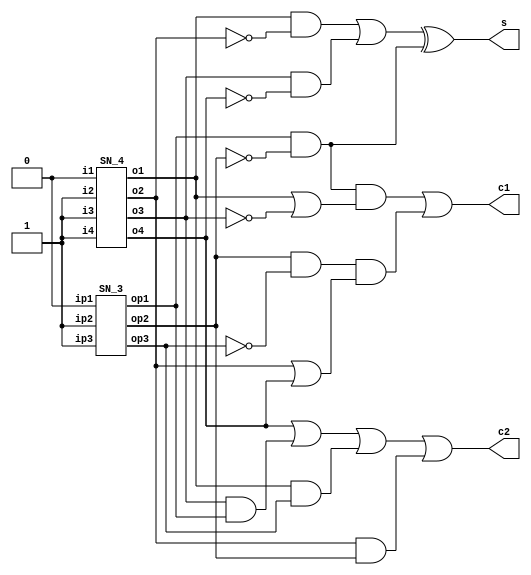
`timescale 1ns / 1ps

module counter_7_3 (s,c1,c2);

output s,c1,c2;
wire [6:0] in;
assign in = 7'b0111011;
wire o1,o2,o3,o4,op1,op2,op3;
wire [5:0] a;
wire [4:0] b;
wire p0,p1,p2,p3,p4,q0,q1,q2,q3;

SN_4 S1(.i1(in[6]),.i2(in[5]),.i3(in[4]),.i4(in[3]),.o1(o1),.o2(o2),.o3(o3),.o4(o4));
SN_3 S2(.ip1(in[2]),.ip2(in[1]),.ip3(in[0]),.op1(op1),.op2(op2),.op3(op3));

assign a = {o1,o1,o2,o3,o4,o4};
assign b = {op1,op1,op2,op3,op3};

assign p0 = (a[5] & (~a[4]));
assign p1 = (a[4] & (~a[3]));
assign p2 = (a[3] & (~a[2]));
assign p3 = (a[2] & (~a[1]));
assign p4 = (a[1] & (~a[0]));

assign q0 = (b[4] & (~b[3]));
assign q1 = (b[3] & (~b[2]));
assign q2 = (b[2] & (~b[1]));
assign q3 = (b[1] & (~b[0]));

assign s = (p1 | p3) ^ (q1 | q3);
//assign c1 = (q0 & (p2|p3)) | (q1 & (p1|p2)) | (q2 & ((p2|p3))) | (q3 & ((p1|p2)));
//assign c2 = (p4 & (q0|q1|q2|q3)) | (p3 & (q1|q2|q3)) | (p2 & (q2|q3)) | (p1 & (q3));
assign c2 = a[1] | a[2]&b[3] | a[4]&b[1] | a[3]&b[2];
assign c1 = (q0 & (a[3]|(a[1]))) | (q1 & (a[4]|(~a[2]))) | (q2 & ((a[3] | (a[1])))) | (q3 & ((a[4] | (~a[2])))); 
    
endmodule

module BS(x1,x2,y1,y2);

input x1,x2;
output y1,y2;

assign y1 = x1 | x2;
assign y2 = x1 & x2;

endmodule

module SN_4(i1,i2,i3,i4,o1,o2,o3,o4);

output o1,o2,o3,o4;
input i1,i2,i3,i4;
wire w1,w2,w3,w4,w22,w33;

BS BS_1(.x1(i1),.x2(i2),.y1(w1),.y2(w2));
BS BS_2(.x1(i3),.x2(i4),.y1(w3),.y2(w4));
BS BS_3(.x1(w1),.x2(w3),.y1(o1),.y2(w33));
BS BS_4(.x1(w2),.x2(w4),.y1(w22),.y2(o4));
BS BS_5(.x1(w22),.x2(w33),.y1(o2),.y2(o3));

endmodule

module SN_3(ip1,ip2,ip3,op1,op2,op3);

input ip1,ip2,ip3;
output op1,op2,op3;
wire w1,w2,w22;

BS BS_1(.x1(ip1),.x2(ip2),.y1(w1),.y2(w2));
BS BS_2(.x1(w2),.x2(ip3),.y1(w22),.y2(op3));
//assign w1 = ip1 | ip2;
//assign w2 = ip1 & ip2;
//assign w22 = w2 | ip3;
//assign op3 = w2 & ip3;
//assign op1 = w1 | w22;
//assign op2 = w1 & w22;
BS BS_3(.x1(w1),.x2(w22),.y1(op1),.y2(op2));

endmodule